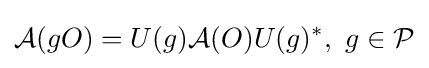
{\mathcal {A}}(gO)=U(g){\mathcal {A}}(O)U(g)^{*},\,\,g\in {\mathcal {P}}